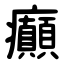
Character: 癲